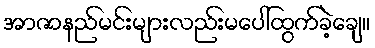
အာဇာနည်မင်းများလည်းမပေါ်ထွက်ခဲ့ချေ။